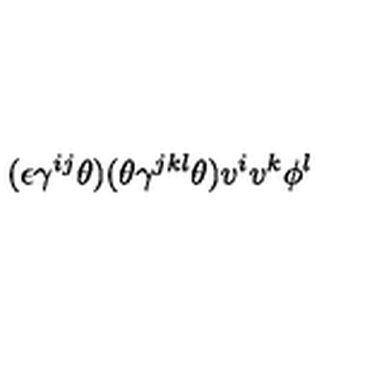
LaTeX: ( \epsilon \gamma ^ { i j } \theta ) ( \theta \gamma ^ { j k l } \theta ) v ^ { i } v ^ { k } \phi ^ { l }